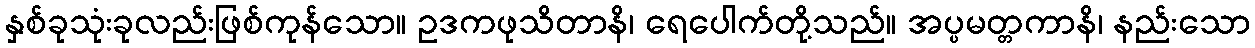
နှစ်ခုသုံးခုလည်းဖြစ်ကုန်သော။ ဥဒကဖုသိတာနိ၊ ရေပေါက်တို့သည်။ အပ္ပမတ္တကာနိ၊ နည်းသော